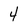
Character: 4